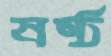
ষষ্ঠ